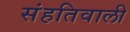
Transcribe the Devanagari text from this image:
संहतिवाली